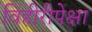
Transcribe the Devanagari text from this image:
विहीरीपेक्षा